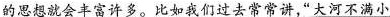
的思想就会丰富许多。比如我们过去常常讲，”大河不满小